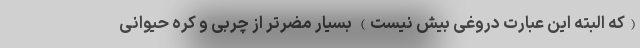
(که البته این عبارت دروغی بیش نیست) بسیار مضرتر از چربی و کره حیوانی